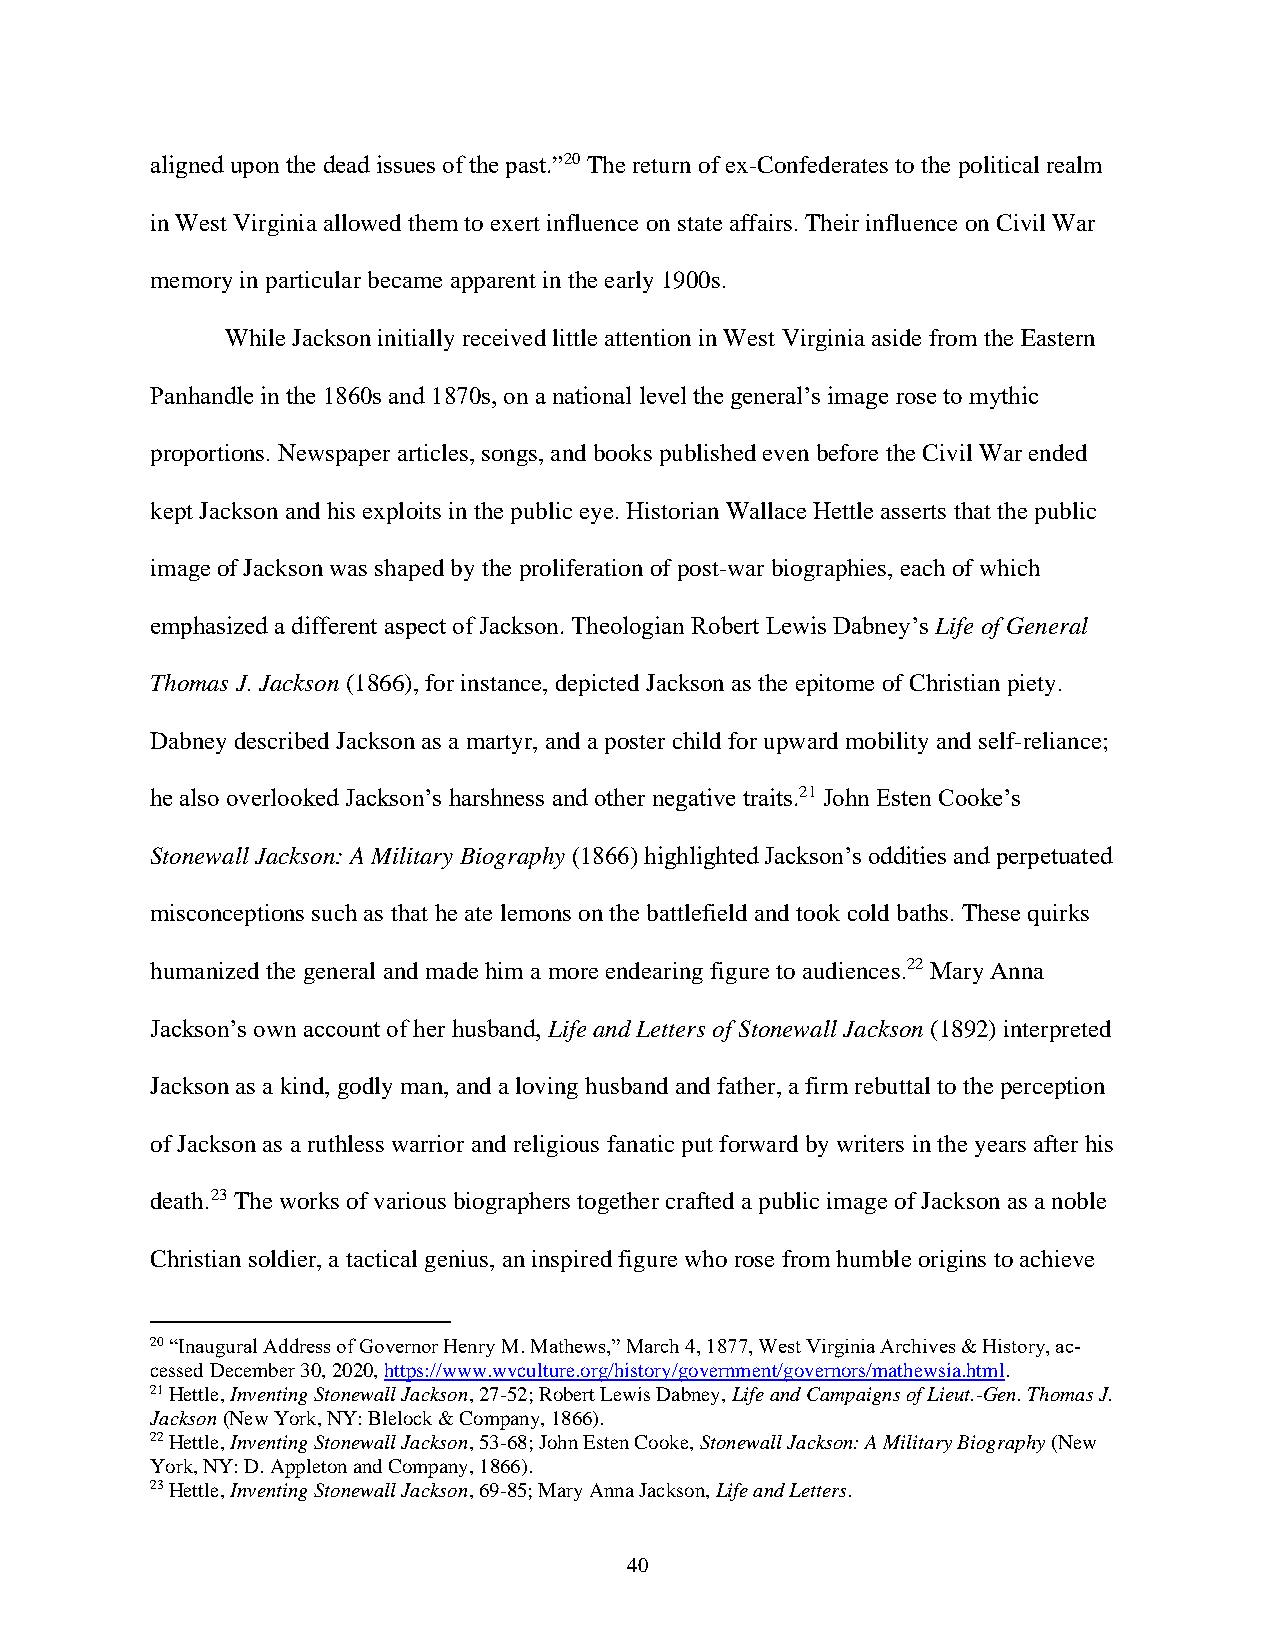
aligned upon the dead issues of the past.”20 The return of ex-Confederates to the political realm
 in West Virginia allowed them to exert influence on state affairs. Their influence on Civil War
 memory in particular became apparent in the early 1900s.
 While Jackson initially received little attention in West Virginia aside from the Eastern
 Panhandle in the 1860s and 1870s, on a national level the general’s image rose to mythic
 proportions. Newspaper articles, songs, and books published even before the Civil War ended
 kept Jackson and his exploits in the public eye. Historian Wallace Hettle asserts that the public
 image of Jackson was shaped by the proliferation of post-war biographies, each of which
 emphasized a different aspect of Jackson. Theologian Robert Lewis Dabney’s Life of General
 Thomas J. Jackson (1866), for instance, depicted Jackson as the epitome of Christian piety.
 Dabney described Jackson as a martyr, and a poster child for upward mobility and self-reliance;
 he also overlooked Jackson’s harshness and other negative traits.21 John Esten Cooke’s
 Stonewall Jackson: A Military Biography (1866) highlighted Jackson’s oddities and perpetuated
 misconceptions such as that he ate lemons on the battlefield and took cold baths. These quirks
 humanized the general and made him a more endearing figure to audiences.22 Mary Anna
 Jackson’s own account of her husband, Life and Letters of Stonewall Jackson (1892) interpreted
 Jackson as a kind, godly man, and a loving husband and father, a firm rebuttal to the perception
 of Jackson as a ruthless warrior and religious fanatic put forward by writers in the years after his
 death.23 The works of various biographers together crafted a public image of Jackson as a noble
 Christian soldier, a tactical genius, an inspired figure who rose from humble origins to achieve
 20 “Inaugural Address of Governor Henry M. Mathews,” March 4, 1877, West Virginia Archives & History, ac-
 cessed December 30, 2020, https://www.wvculture.org/history/government/governors/mathewsia.html.
 21 Hettle, Inventing Stonewall Jackson, 27-52; Robert Lewis Dabney, Life and Campaigns of Lieut.-Gen. Thomas J.
 Jackson (New York, NY: Blelock & Company, 1866).
 22 Hettle, Inventing Stonewall Jackson, 53-68; John Esten Cooke, Stonewall Jackson: A Military Biography (New
 York, NY: D. Appleton and Company, 1866).
 23 Hettle, Inventing Stonewall Jackson, 69-85; Mary Anna Jackson, Life and Letters.
 40